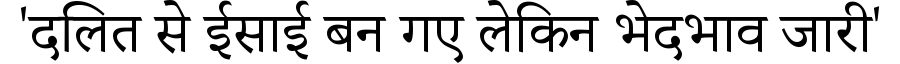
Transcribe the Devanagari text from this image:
'दलित से ईसाई बन गए लेकिन भेदभाव जारी'